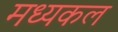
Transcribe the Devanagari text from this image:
मध्यकल